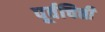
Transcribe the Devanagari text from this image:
पूर्वचित्ती